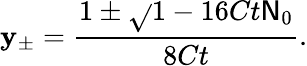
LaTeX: \mathbf{y}_{\pm}=\frac{{1\pm\sqrt{}{{1-16Ct\mathsf{{N}}_{0}}}}}{{8Ct}}.